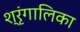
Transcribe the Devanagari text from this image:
श्रृंगालिका